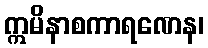
ဣမိနာစကာရဏေန၊